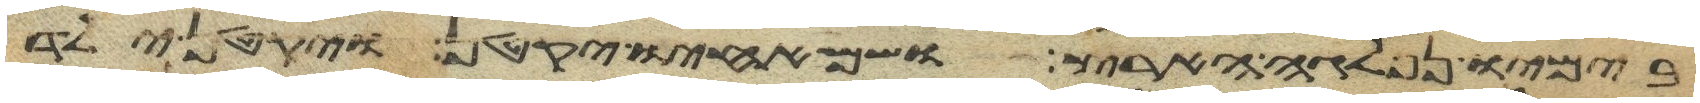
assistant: בימיו נפלגה הארץ ושם אחיו יקטן ויקטן ילד